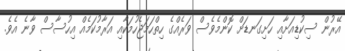
އޭރުން ސިކުޑިއަށާއި ހަށިގަނޑަށް ކޮންމެވެސް ވަރެއްގެ ހިތްހަމަޖެހުމަކާއި އަރާމުކަމެއް އިހުސާސް ވާނެ އެވެ.